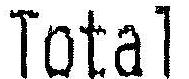
TOTAL